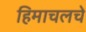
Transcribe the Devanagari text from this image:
हिमाचलचे